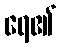
ရေ၏